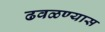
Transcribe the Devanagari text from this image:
ढवळण्यास